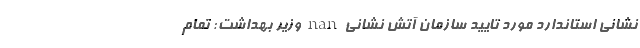
نشانی استاندارد مورد تایید سازمان آتش نشانی nan وزیر بهداشت: تمام